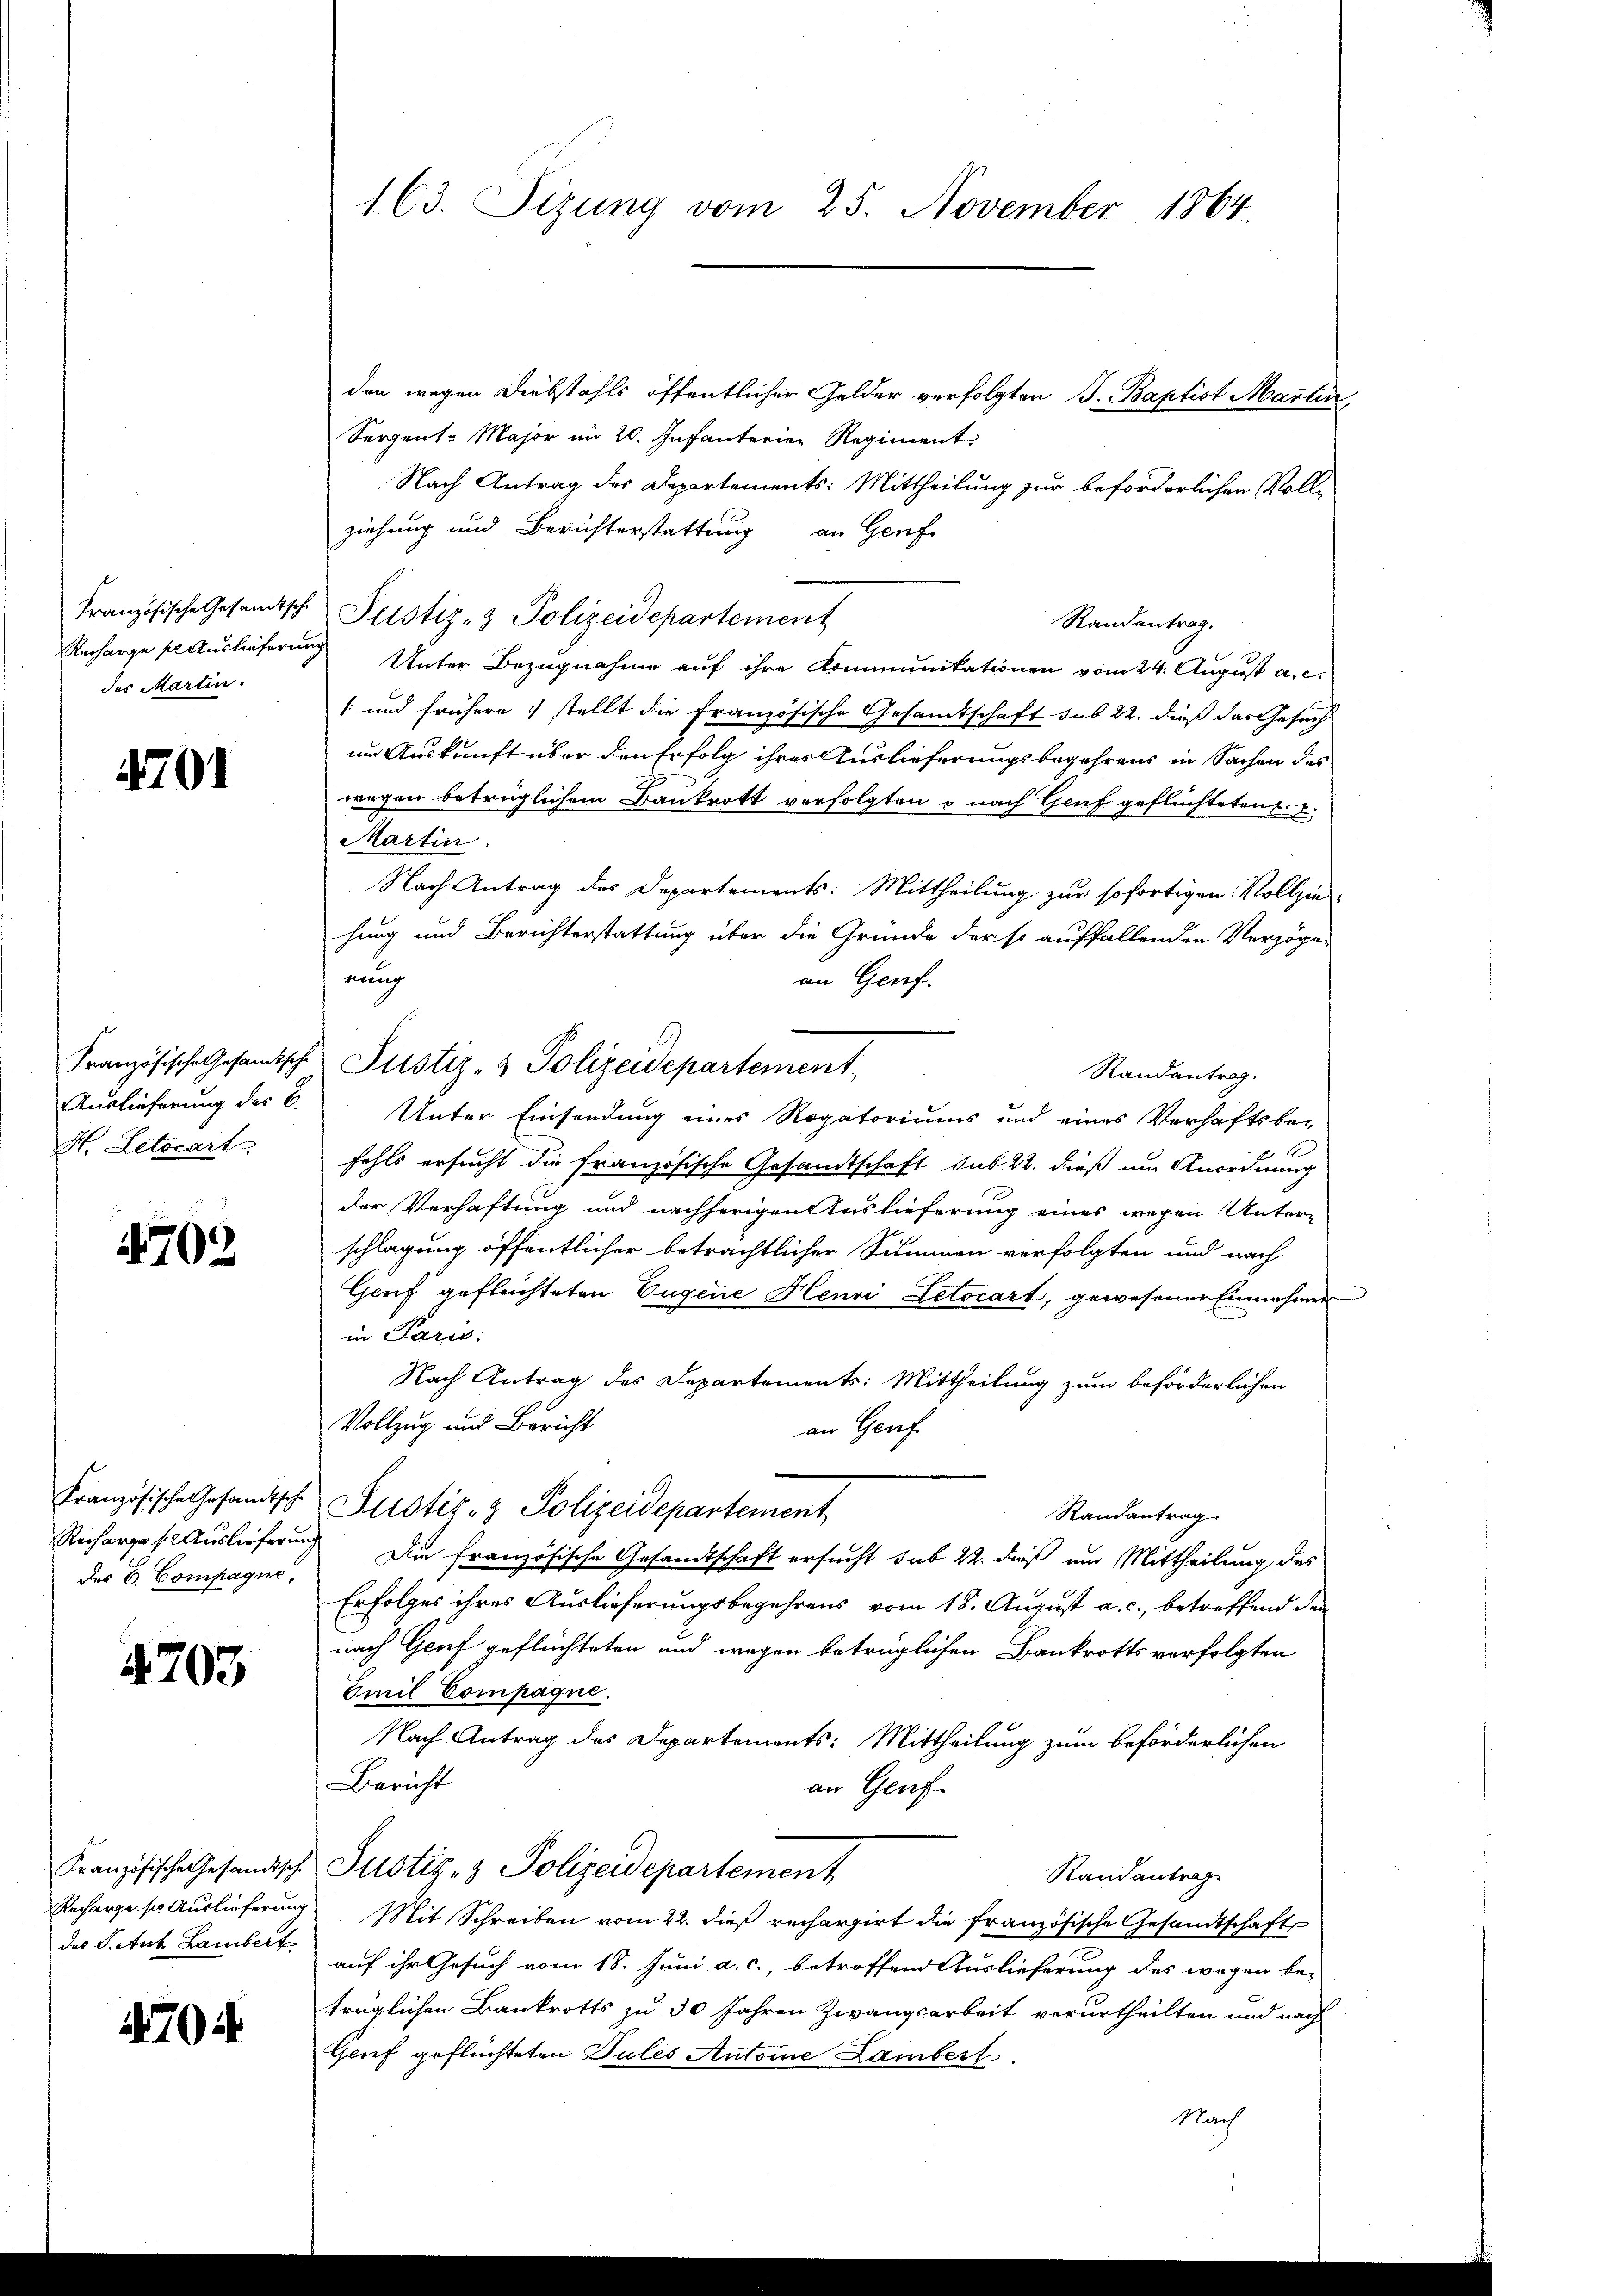
des Martin.

4701

Französische Gesandtsche
Auslieferung des C.
H. Letocart

4702

Französische Gesandtsche
Recharge se Auslieferung
des E. Compagne,

4703

Französische Gesandtsch
Recharge so Auslieferung
des S. Aub. Lambert

470 f.

163. Sitzung vom 25. November 1864.

den wegen Diebstahls öffentlicher Gelder verfolgten J. Baptist Manten
Sergent-Major im 20. Infanterier Regiment
Nach Antrag des Departements: Mittheilung zur beförderlichen Volli
ziehung und Berichterstattung an Genf
Französische Gesandtsche Justiz- & Polizeidepartement
Randantrag.
Recharge se auslieferung Unter Bezugnahme auf ihre Kommunitationen vom 24. August a. c.
1 und frühere stellt die Französische Gesandtschaft sub 22. dieß das Gesuch
im Auskunft über den Erfolg ihres Auslieferungsbegehrens in Sachen des
wegen betrüglichem Bankrott verfolgten u nach Genf geflüchteten. E
Martin.
Nach Antrag des Departements: Mittheilung zur sofortigen Vollzie
hung und Berichterstattung über die Gründe der so auffallenden Verzöger
nung
an Genf.
Justiz- & Polizeidepartement,
Randantrag.
Unter Einsendung eines Rogatoriums und eines Verhaftsbe-

fehls ersucht die französische Gesandtschaft sub 22. dieß um Anordnung
der Verhaftung und nachherigen Auslieferung eines wegen Unter-
schlagung öffentlicher beträchtlicher Summen verfolgten und nach
Genf geflüchteten Eugene Henri Letocart, gewesener Einnehmen
in Paris.
Nach Antrag des Departements: Mittheilung zum beförderlichen
Vollzug und Bericht
an Genf
Justiz- & Polizeidepartement
Randantrag.
 Die französische Gesandtschaft ersucht sub 22 dieß um Mittheilung des
Erfolges ihres Auslieferungsbegehrens vom 18. August a. c., betreffend den
nach Genf geflüchteten und wegen betrüglichen Bankrotts verfolgten
Emil Compagne.
Nach Antrag des Departements: Mittheilung zum beförderlichen
Bericht
an Genf
Justiz- & Polizeidepartement
Randantrag
Mit Schreiben vom 22. dieß rechargirt die französische Gesandtschaft
auf ihr Gesuch vom 18. Juni a. c., betreffend Auslieferung des wegen be-
trüglichen Bankrotts zu 30 Jahren Zwangsarbeit verurtheilten und nach
Geuf geflüchteten Pules Antoine Lambert
Nach